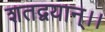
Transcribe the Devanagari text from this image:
शतद्वयान्।।